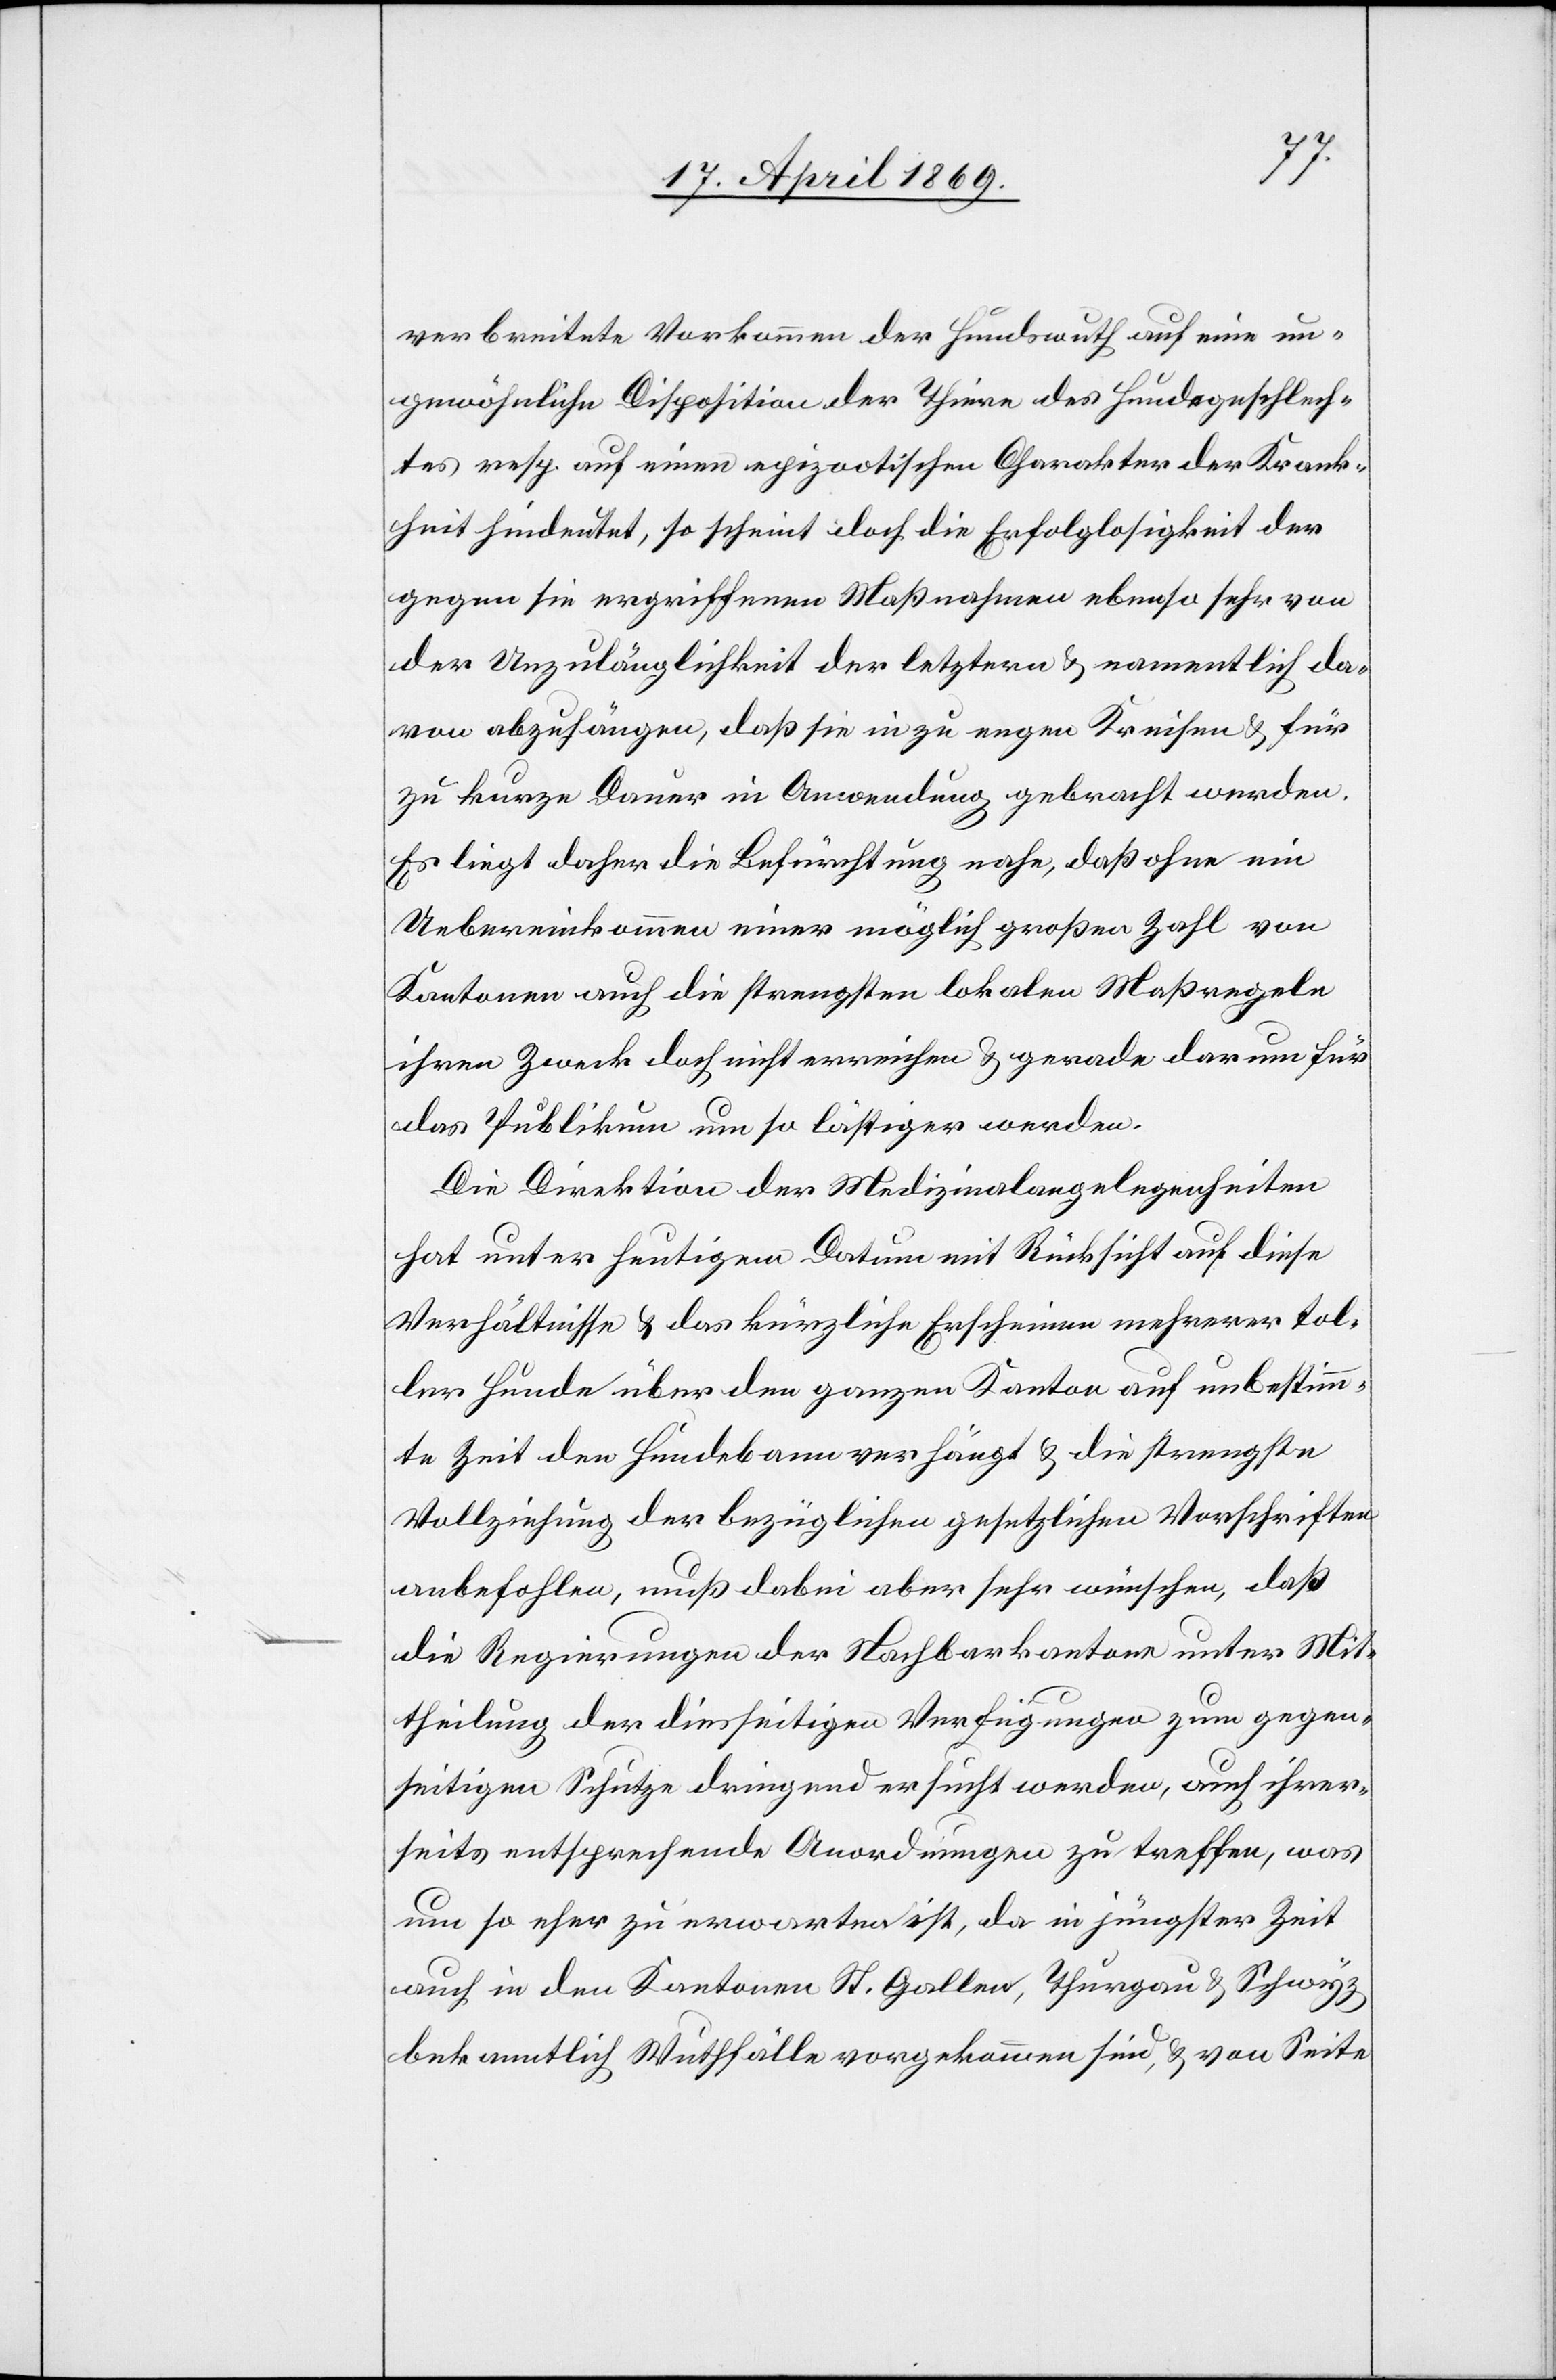
verbreitete Vorkommen der Hundswuth auf eine un¬
gewöhnliche Disposition der Thiere des Hundsgeschlech¬
tes resp. auf einen epizootischen Charakter der Krank¬
heit hindeutet, so scheint doch die Erfolglosigkeit der
gegen sie ergriffenen Maßnahmen ebenso sehr von
der Unzulänglichkeit der letztern u. namentlich da¬
von abzuhängen, daß sie in zu engen Kreisen u. für
zu kurze Dauer in Anwendung gebracht werden.
Es liegt daher die Befürchtung nahe, daß ohne ein
Uebereinkommen einer möglich großen Zahl von
Kantonen auch die strengsten lokalen Maßregeln
ihre Zwecke doch nicht erreichen u. gerade darum für
das Publikum um so lästiger werden.
Die Direktion der Medizinalangelegenheiten
hat unter heutigem Datum mit Rücksicht auf diese
Verhältnisse u. das kürzliche Erscheinen mehrerer tol¬
ler Hunde über den ganzen Kanton auf unbestimm¬
te Zeit den Hundebann verhängt u. die strengste
Vollziehung der bezüglichen gesetzlichen Vorschriften
anbefohlen, muß dabei aber sehr wünschen, daß
die Regierungen der Nachbarkantone unter Mit¬
theilung der diesseitigen Verfügungen zum gegen¬
seitigen Schutze dringend ersucht werden, auch ihrer¬
seits entsprechende Anordnungen zu treffen, was
um so eher zu erwarten ist, da in jüngster Zeit
auch in den Kantonen St. Gallen, Thurgau u. Schwyz
bekanntlich Wuthfälle vorgekommen sind, u. von Seite